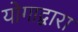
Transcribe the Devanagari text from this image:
योगाद्वारा